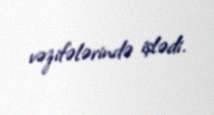
vəzifələrində işlədi.